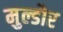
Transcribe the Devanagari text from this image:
मुल्डौर